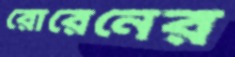
রোরেনের